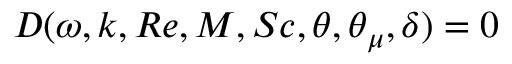
D ( \omega , k , R e , M , S c , \theta , \theta _ { \mu } , \delta ) = 0